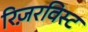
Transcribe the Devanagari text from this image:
रिज़रविस्ट